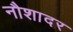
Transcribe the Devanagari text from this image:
नौशादर